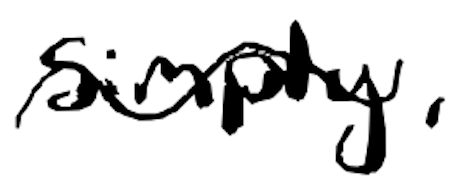
Text: simply,
Cross-out: wave
Writing tool: digital_black